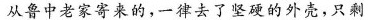
从鲁中老家寄来的，一律去了坚硬的外壳，只剩